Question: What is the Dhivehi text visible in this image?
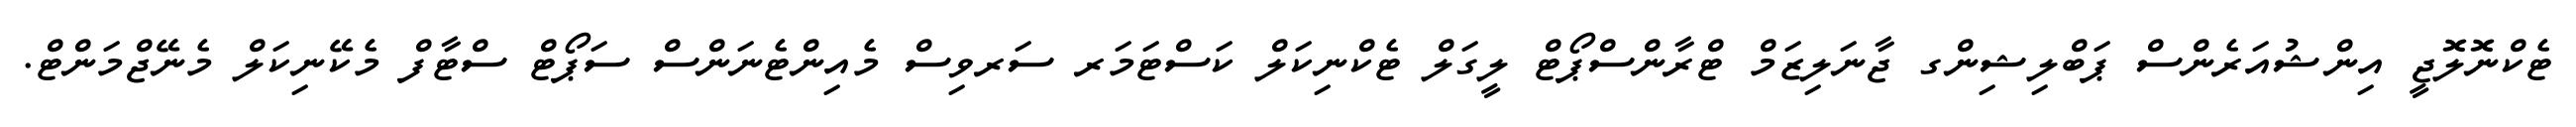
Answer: ޓެކްނޮލޮޖީ އިންޝުއަރެންސް ޕަބްލިޝިންގ ޖާނަލިޒަމް ޓްރާންސްޕޯޓް ލީގަލް ޓެކްނިކަލް ކަސްޓަމަރ ސަރވިސް މެއިންޓެނަންސް ސަޕޯޓް ސްޓާފް މެކޭނިކަލް މެނޭޖްމަންޓް.